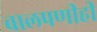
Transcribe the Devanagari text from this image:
बालपणीही